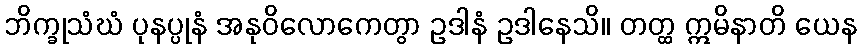
ဘိက္ခုသံဃံ ပုနပ္ပုနံ အနုဝိလောကေတွာ ဥဒါနံ ဥဒါနေသိ။ တတ္ထ ဣမိနာတိ ယေန